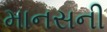
માનસની